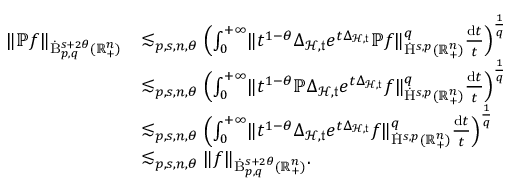
\begin{array} { r l } { \lVert \mathbb { P } f \rVert _ { \dot { \mathrm { B } } _ { p , q } ^ { s + 2 \theta } ( \mathbb { R } _ { + } ^ { n } ) } } & { \lesssim _ { p , s , n , \theta } \left( \int _ { 0 } ^ { + \infty } \lVert t ^ { 1 - \theta } \Delta _ { \mathcal { H } , \mathfrak { t } } e ^ { t \Delta _ { \mathcal { H } , \mathfrak { t } } } \mathbb { P } f \rVert _ { \dot { \mathrm { H } } ^ { s , p } ( \mathbb { R } _ { + } ^ { n } ) } ^ { q } \frac { \mathrm { d } t } { t } \right) ^ { \frac { 1 } { q } } } \\ & { \lesssim _ { p , s , n , \theta } \left( \int _ { 0 } ^ { + \infty } \lVert t ^ { 1 - \theta } \mathbb { P } \Delta _ { \mathcal { H } , \mathfrak { t } } e ^ { t \Delta _ { \mathcal { H } , \mathfrak { t } } } f \rVert _ { \dot { \mathrm { H } } ^ { s , p } ( \mathbb { R } _ { + } ^ { n } ) } ^ { q } \frac { \mathrm { d } t } { t } \right) ^ { \frac { 1 } { q } } } \\ & { \lesssim _ { p , s , n , \theta } \left( \int _ { 0 } ^ { + \infty } \lVert t ^ { 1 - \theta } \Delta _ { \mathcal { H } , \mathfrak { t } } e ^ { t \Delta _ { \mathcal { H } , \mathfrak { t } } } f \rVert _ { \dot { \mathrm { H } } ^ { s , p } ( \mathbb { R } _ { + } ^ { n } ) } ^ { q } \frac { \mathrm { d } t } { t } \right) ^ { \frac { 1 } { q } } } \\ & { \lesssim _ { p , s , n , \theta } \lVert f \rVert _ { \dot { \mathrm { B } } _ { p , q } ^ { s + 2 \theta } ( \mathbb { R } _ { + } ^ { n } ) } \mathrm { . ~ } } \end{array}